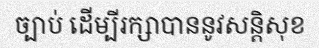
ច្បាប់ ដើម្បីរក្សាបាននូវសន្តិសុខ